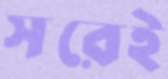
সরেই